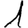
Digit: 1